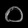
Digit: ၀